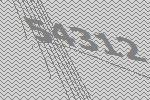
54312